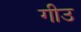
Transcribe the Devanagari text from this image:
गीउ